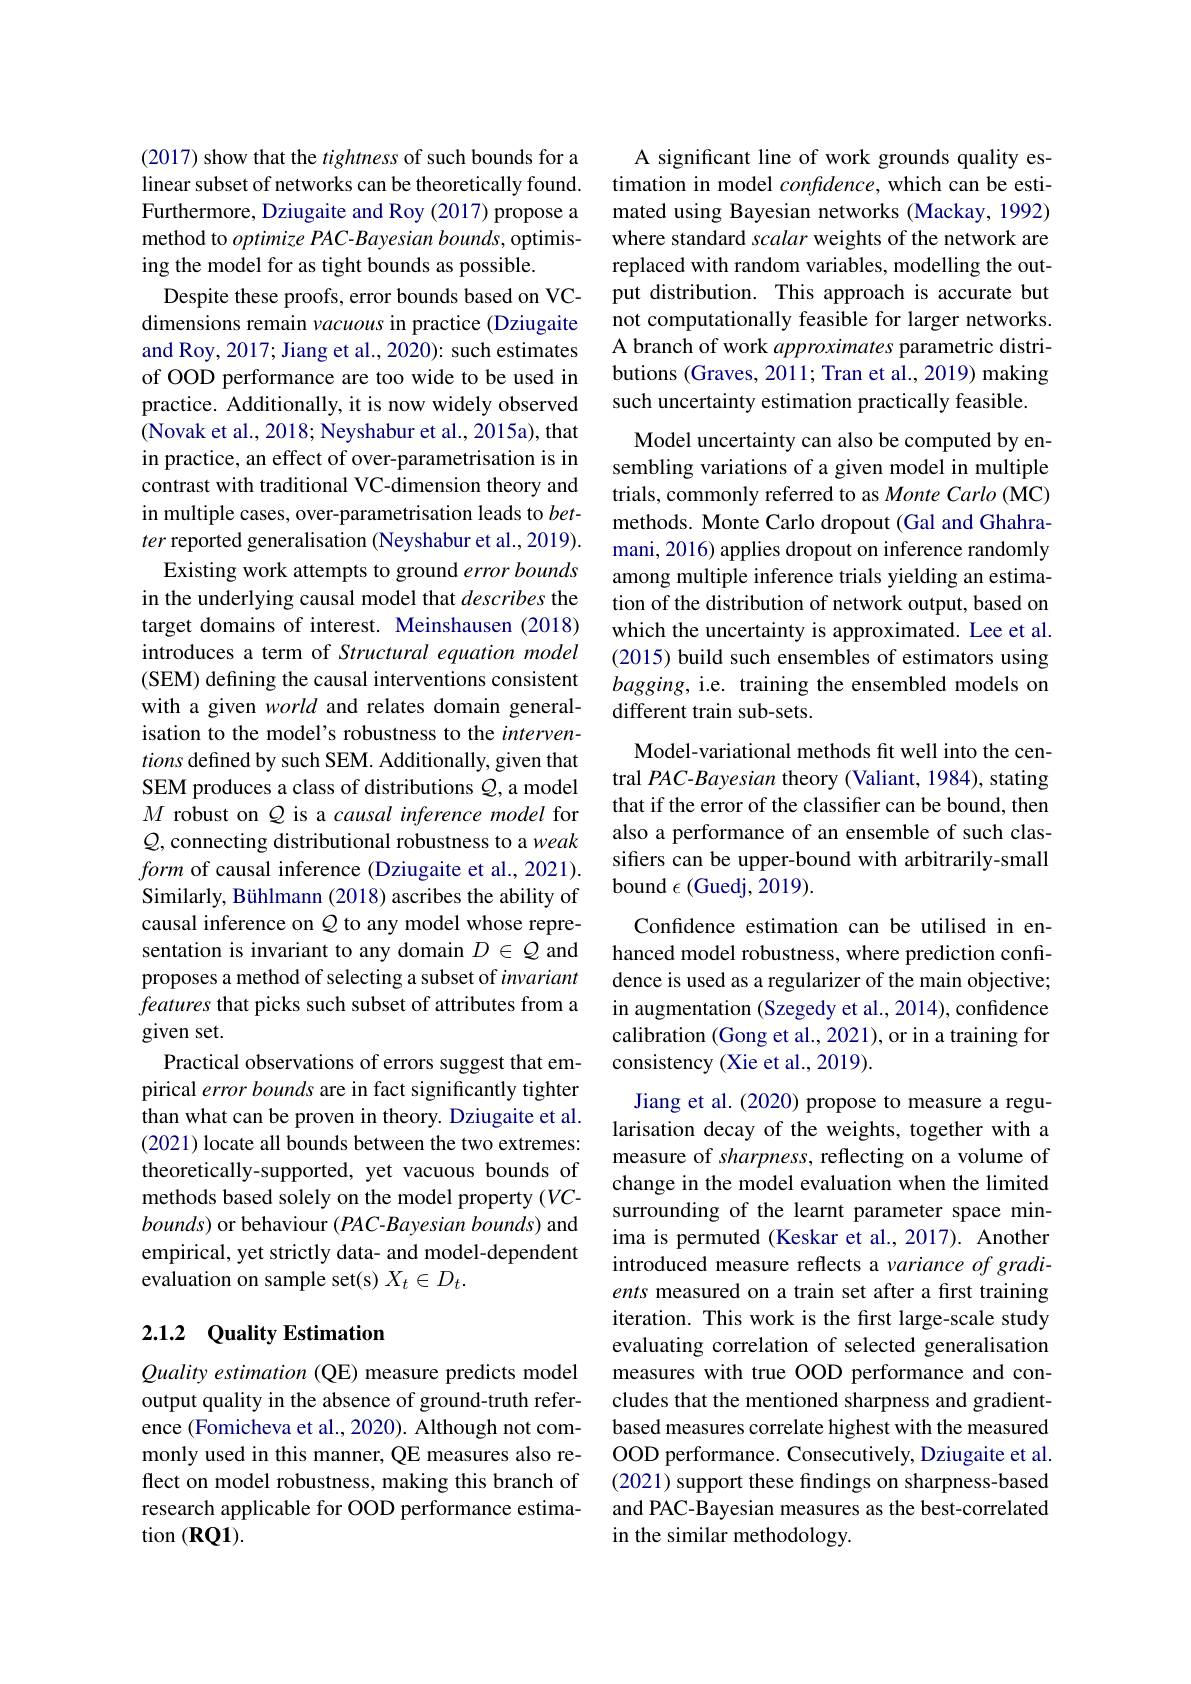
(2017) show that the tightness of such bounds for a linear subset of networks can be theoretically found. Furthermore, Dziugaite and Roy (2017) propose a method to optimize PAC-Bayesian bounds, optimising the model for as tight bounds as possible.
Despite these proofs, error bounds based on VCdimensions remain vacuous in practice (Dziugaite and Roy, 2017; Jiang et al., 2020): such estimates of OOD performance are too wide to be used in practice. Additionally, it is now widely observed (Novak et al., 2018; Neyshabur et al., 2015a), that in practice, an effect of over-parametrisation is in contrast with traditional VC-dimension theory and in multiple cases, over-parametrisation leads to $bet-$ ter reported generalisation (Neyshabur et al.,2019).
Existing work attempts to ground error bounds in the underlying causal model that describes the target domains of interest. Meinshausen (2018) introduces a term of Structural equation model (SEM) defining the causal interventions consistent with a given world and relates domain generalisation to the model's robustness to the interventions defined by such SEM. Additionally, given that SEM produces a class of distributions $Q$, a model $M$ robust on $Q$ is a causal inference model for $\mathcal{Q}$,connecting distributional robustness to a weak form of causal inference (Dziugaite et al., 2021). Similarly, Bühlmann (2018) ascribes the ability of causal inference on $Q$ to any model whose representation is invariant to any domain $D\in Q$ and proposes a method of selecting a subset of invariant features that picks such subset of attributes from a given set.
Practical observations of errors suggest that empirical error bounds are in fact significantly tighter than what can be proven in theory. Dziugaite et al. (2021) locate all bounds between the two extremes: theoretically-supported, yet vacuous bounds of methods based solely on the model property (VC- $bounds)$ or behaviour $( PAC- Bayesian\textit{bounds})$ and empirical, yet strictly data- and model-dependent evaluation on sample set(s) $X_t\in D_t.$

## 2.1.2 Quality Estimation

Quality estimation (QE) measure predicts model output quality in the absence of ground-truth reference (Fomicheva et al., 2020). Although not commonly used in this manner, QE measures also reflect on model robustness, making this branch of research applicable for OOD performance estimation $(\mathbf{RQ1}).$

A significant line of work grounds quality estimation in model confidence, which can be estimated using Bayesian networks (Mackay, 1992) where standard scalar weights of the network are replaced with random variables, modelling the output distribution. This approach is accurate but not computationally feasible for larger networks. A branch of work approximates parametric distributions (Graves, 2011; Tran et al., 2019) making such uncertainty estimation practically feasible.

Model uncertainty can also be computed by ensembling variations of a given model in multiple trials, commonly referred to as Monte Carlo (MC) methods. Monte Carlo dropout (Gal and Ghahramani, 2016) applies dropout on inference randomly among multiple inference trials yielding an estimation of the distribution of network output, based on which the uncertainty is approximated. Lee et al. (2015) build such ensembles of estimators using $bagging$, i.e. training the ensembled models on different train sub-sets.

Model-variational methods fit well into the central PAC-Bayesian theory (Valiant, 1984), stating that if the error of the classifier can be bound, then also a performance of an ensemble of such classifiers can be upper-bound with arbitrarily-small bound $\epsilon($Guedj, 2019).

Confidence estimation can be utilised in enhanced model robustness, where prediction confidence is used as a regularizer of the main objective; in augmentation (Szegedy et al., 2014), confidence calibration (Gong et al., 2021), or in a training for consistency (Xie et al., 2019).

Jiang et al. (2020) propose to measure a regularisation decay of the weights, together with a measure of sharpness, reflecting on a volume of change in the model evaluation when the limited surrounding of the learnt parameter space minima is permuted (Keskar et al., 2017). Another introduced measure reflects a variance of gradients measured on a train set after a first training iteration. This work is the first large-scale study evaluating correlation of selected generalisation measures with true OOD performance and concludes that the mentioned sharpness and gradientbased measures correlate highest with the measured OOD performance. Consecutively, Dziugaite et al. (2021) support these findings on sharpness-based and PAC-Bayesian measures as the best-correlated in the similar methodology.